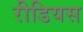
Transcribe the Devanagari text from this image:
रीडियस